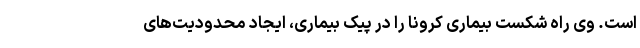
است. وی راه شکست بیماری کرونا را در پیک بیماری، ایجاد محدودیت‌های